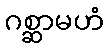
ဂစ္ဆာမဟံ